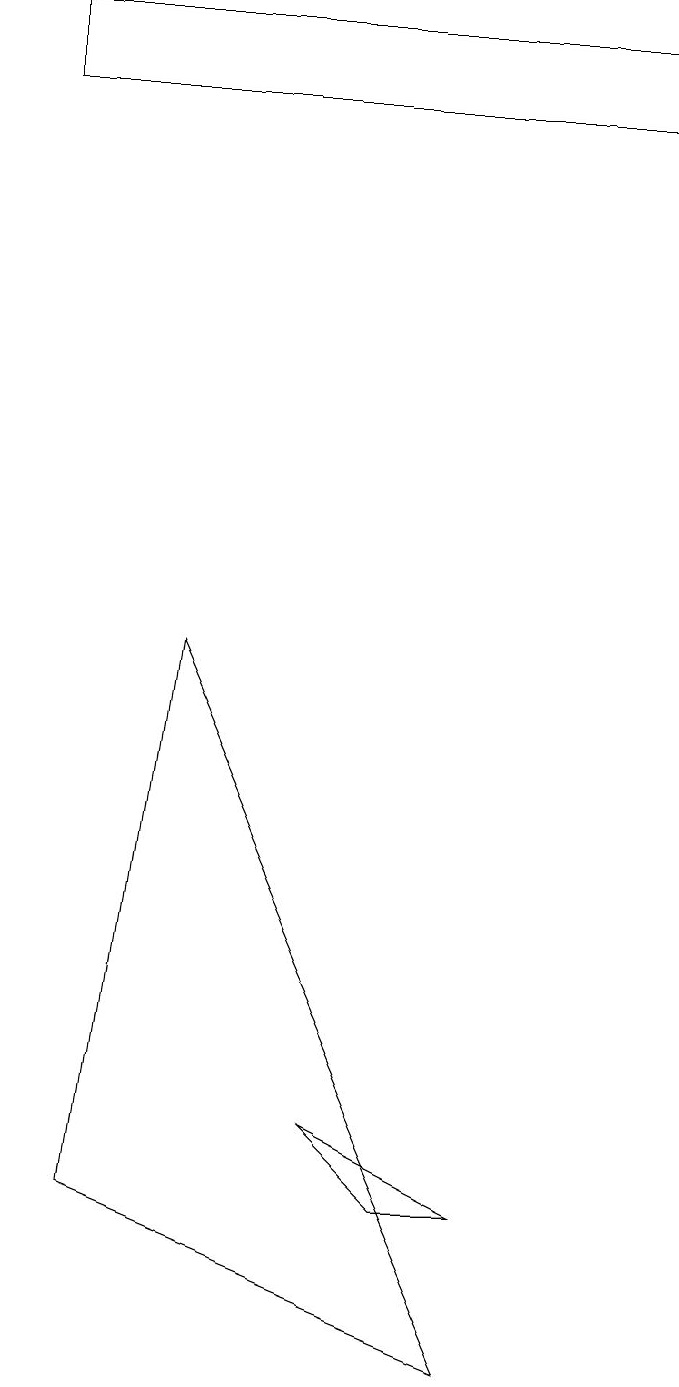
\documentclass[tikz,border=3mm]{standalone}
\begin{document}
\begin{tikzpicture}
\draw (1,16) rectangle (9,17);
\draw (9,16) rectangle (1,16);
\draw (3,9) -- (7,0) -- (2,2) -- cycle;
\draw (5,3) -- (6,2) -- (7,2) -- cycle;
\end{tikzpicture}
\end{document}